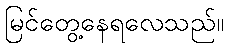
မြင်တွေ့နေရလေသည်။